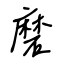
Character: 磨